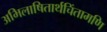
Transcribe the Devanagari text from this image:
अभिलाषितार्थचिंतामणि